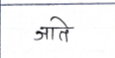
मजकूर: जाते